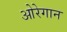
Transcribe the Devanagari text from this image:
ओरेगान